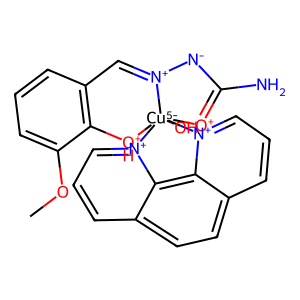
SMILES: COc1cccc2c1[OH+][Cu-5]13(O)([O+]=C(N)[N-][N+]1=C2)[n+]1cccc2ccc4ccc[n+]3c4c21
Inhibits HIV replication: No